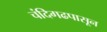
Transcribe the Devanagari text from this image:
चंदिगढपासून